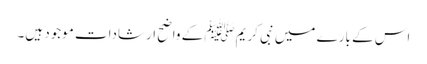
اس کے بارے میں نبی کریمﷺ کے واضح ارشادات موجود ہیں۔